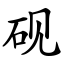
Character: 砚